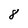
Character: 8